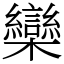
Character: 欒